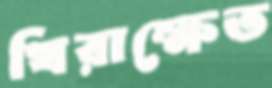
খিরাক্ষেত